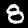
Digit: 8